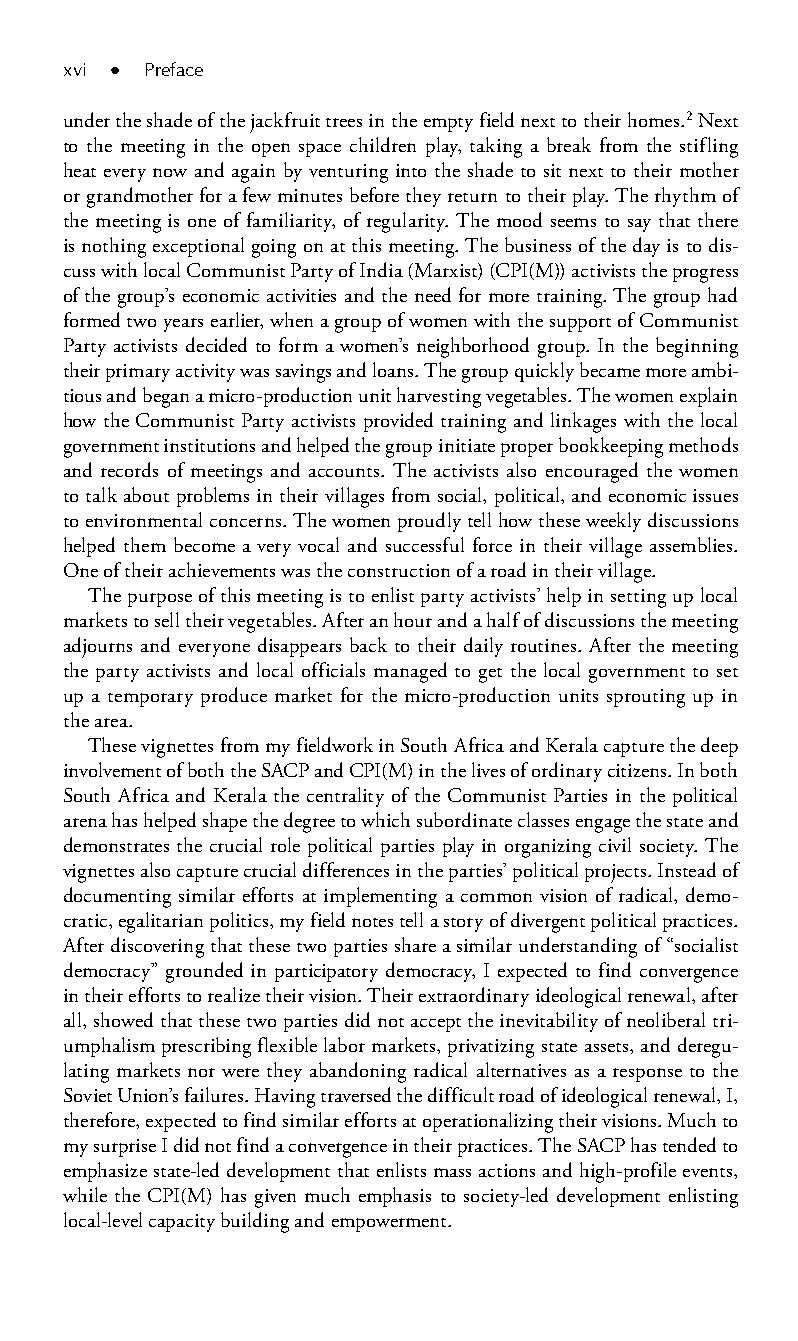
xvi ● Preface
 under the shade of the jackfruit trees in the empty field next to their homes.2 Next
 to the meeting in the open space children play, taking a break from the stifling
 heat every now and again by venturing into the shade to sit next to their mother
 or grandmother for a few minutes before they return to their play. The rhythm of
 the meeting is one of familiarity, of regularity. The mood seems to say that there
 is nothing exceptional going on at this meeting. The business of the day is to dis-
 cuss with local Communist Party of India (Marxist) (CPI(M)) activists the progress
 of the group’s economic activities and the need for more training. The group had
 formed two years earlier, when a group of women with the support of Communist
 Party activists decided to form a women’s neighborhood group. In the beginning
 their primary activity was savings and loans. The group quickly became more ambi-
 tious and began a micro-production unit harvesting vegetables. The women explain
 how the Communist Party activists provided training and linkages with the local
 government institutions and helped the group initiate proper bookkeeping methods
 and records of meetings and accounts. The activists also encouraged the women
 to talk about problems in their villages from social, political, and economic issues
 to environmental concerns. The women proudly tell how these weekly discussions
 helped them become a very vocal and successful force in their village assemblies.
 One of their achievements was the construction of a road in their village.
 The purpose of this meeting is to enlist party activists’ help in setting up local
 markets to sell their vegetables. After an hour and a half of discussions the meeting
 adjourns and everyone disappears back to their daily routines. After the meeting
 the party activists and local officials managed to get the local government to set
 up a temporary produce market for the micro-production units sprouting up in
 the area.
 These vignettes from my fieldwork in South Africa and Kerala capture the deep
 involvement of both the SACP and CPI(M) in the lives of ordinary citizens. In both
 South Africa and Kerala the centrality of the Communist Parties in the political
 arena has helped shape the degree to which subordinate classes engage the state and
 demonstrates the crucial role political parties play in organizing civil society. The
 vignettes also capture crucial differences in the parties’ political projects. Instead of
 documenting similar efforts at implementing a common vision of radical, demo-
 cratic, egalitarian politics, my field notes tell a story of divergent political practices.
 After discovering that these two parties share a similar understanding of “socialist
 democracy” grounded in participatory democracy, I expected to find convergence
 in their efforts to realize their vision. Their extraordinary ideological renewal, after
 all, showed that these two parties did not accept the inevitability of neoliberal tri-
 umphalism prescribing flexible labor markets, privatizing state assets, and deregu-
 lating markets nor were they abandoning radical alternatives as a response to the
 Soviet Union’s failures. Having traversed the difficult road of ideological renewal, I,
 therefore, expected to find similar efforts at operationalizing their visions. Much to
 my surprise I did not find a convergence in their practices. The SACP has tended to
 emphasize state-led development that enlists mass actions and high-profile events,
 while the CPI(M) has given much emphasis to society-led development enlisting
 local-level capacity building and empowerment.
 99778800223300660066440011ttss0011..iinndddd xxvvii 33//2277//22000088 33::0000::0066 PPMM